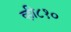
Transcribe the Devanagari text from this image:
व्ही८१०